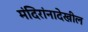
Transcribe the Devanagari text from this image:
मंदिरांनादेखील